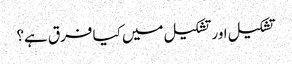
تشکیل اور تشکیل میں کیا فرق ہے؟